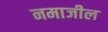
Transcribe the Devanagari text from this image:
नमाजील